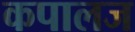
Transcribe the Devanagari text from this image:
कपालज